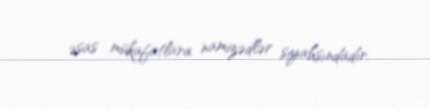
əsas mükafatlara namizədlər siyahsındadır.